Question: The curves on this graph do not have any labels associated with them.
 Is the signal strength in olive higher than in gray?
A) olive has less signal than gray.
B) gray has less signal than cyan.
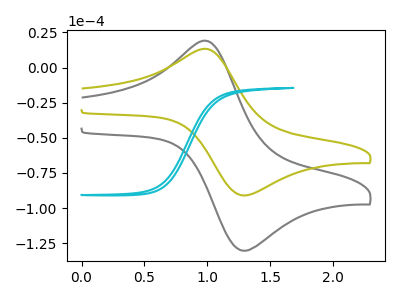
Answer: <think>The gray curve "gray" has an anodic peak at (1.00V, 18.55uA) and a cathodic peak at (1.30V, -130.30uA). The olive curve "olive" has an anodic peak at (1.00V, 12.95uA) and a cathodic peak at (1.30V, -91.00uA). The cyan curve "cyan" has no peaks.
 All the peaks in "olive" have a peak in "gray" at the same potential. Every peak in "olive" is lower than every peak in "gray".</think>
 <answer>A) "olive" has less signal than "gray".</answer>
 <eval>A</eval>